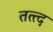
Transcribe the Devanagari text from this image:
तत्त्द